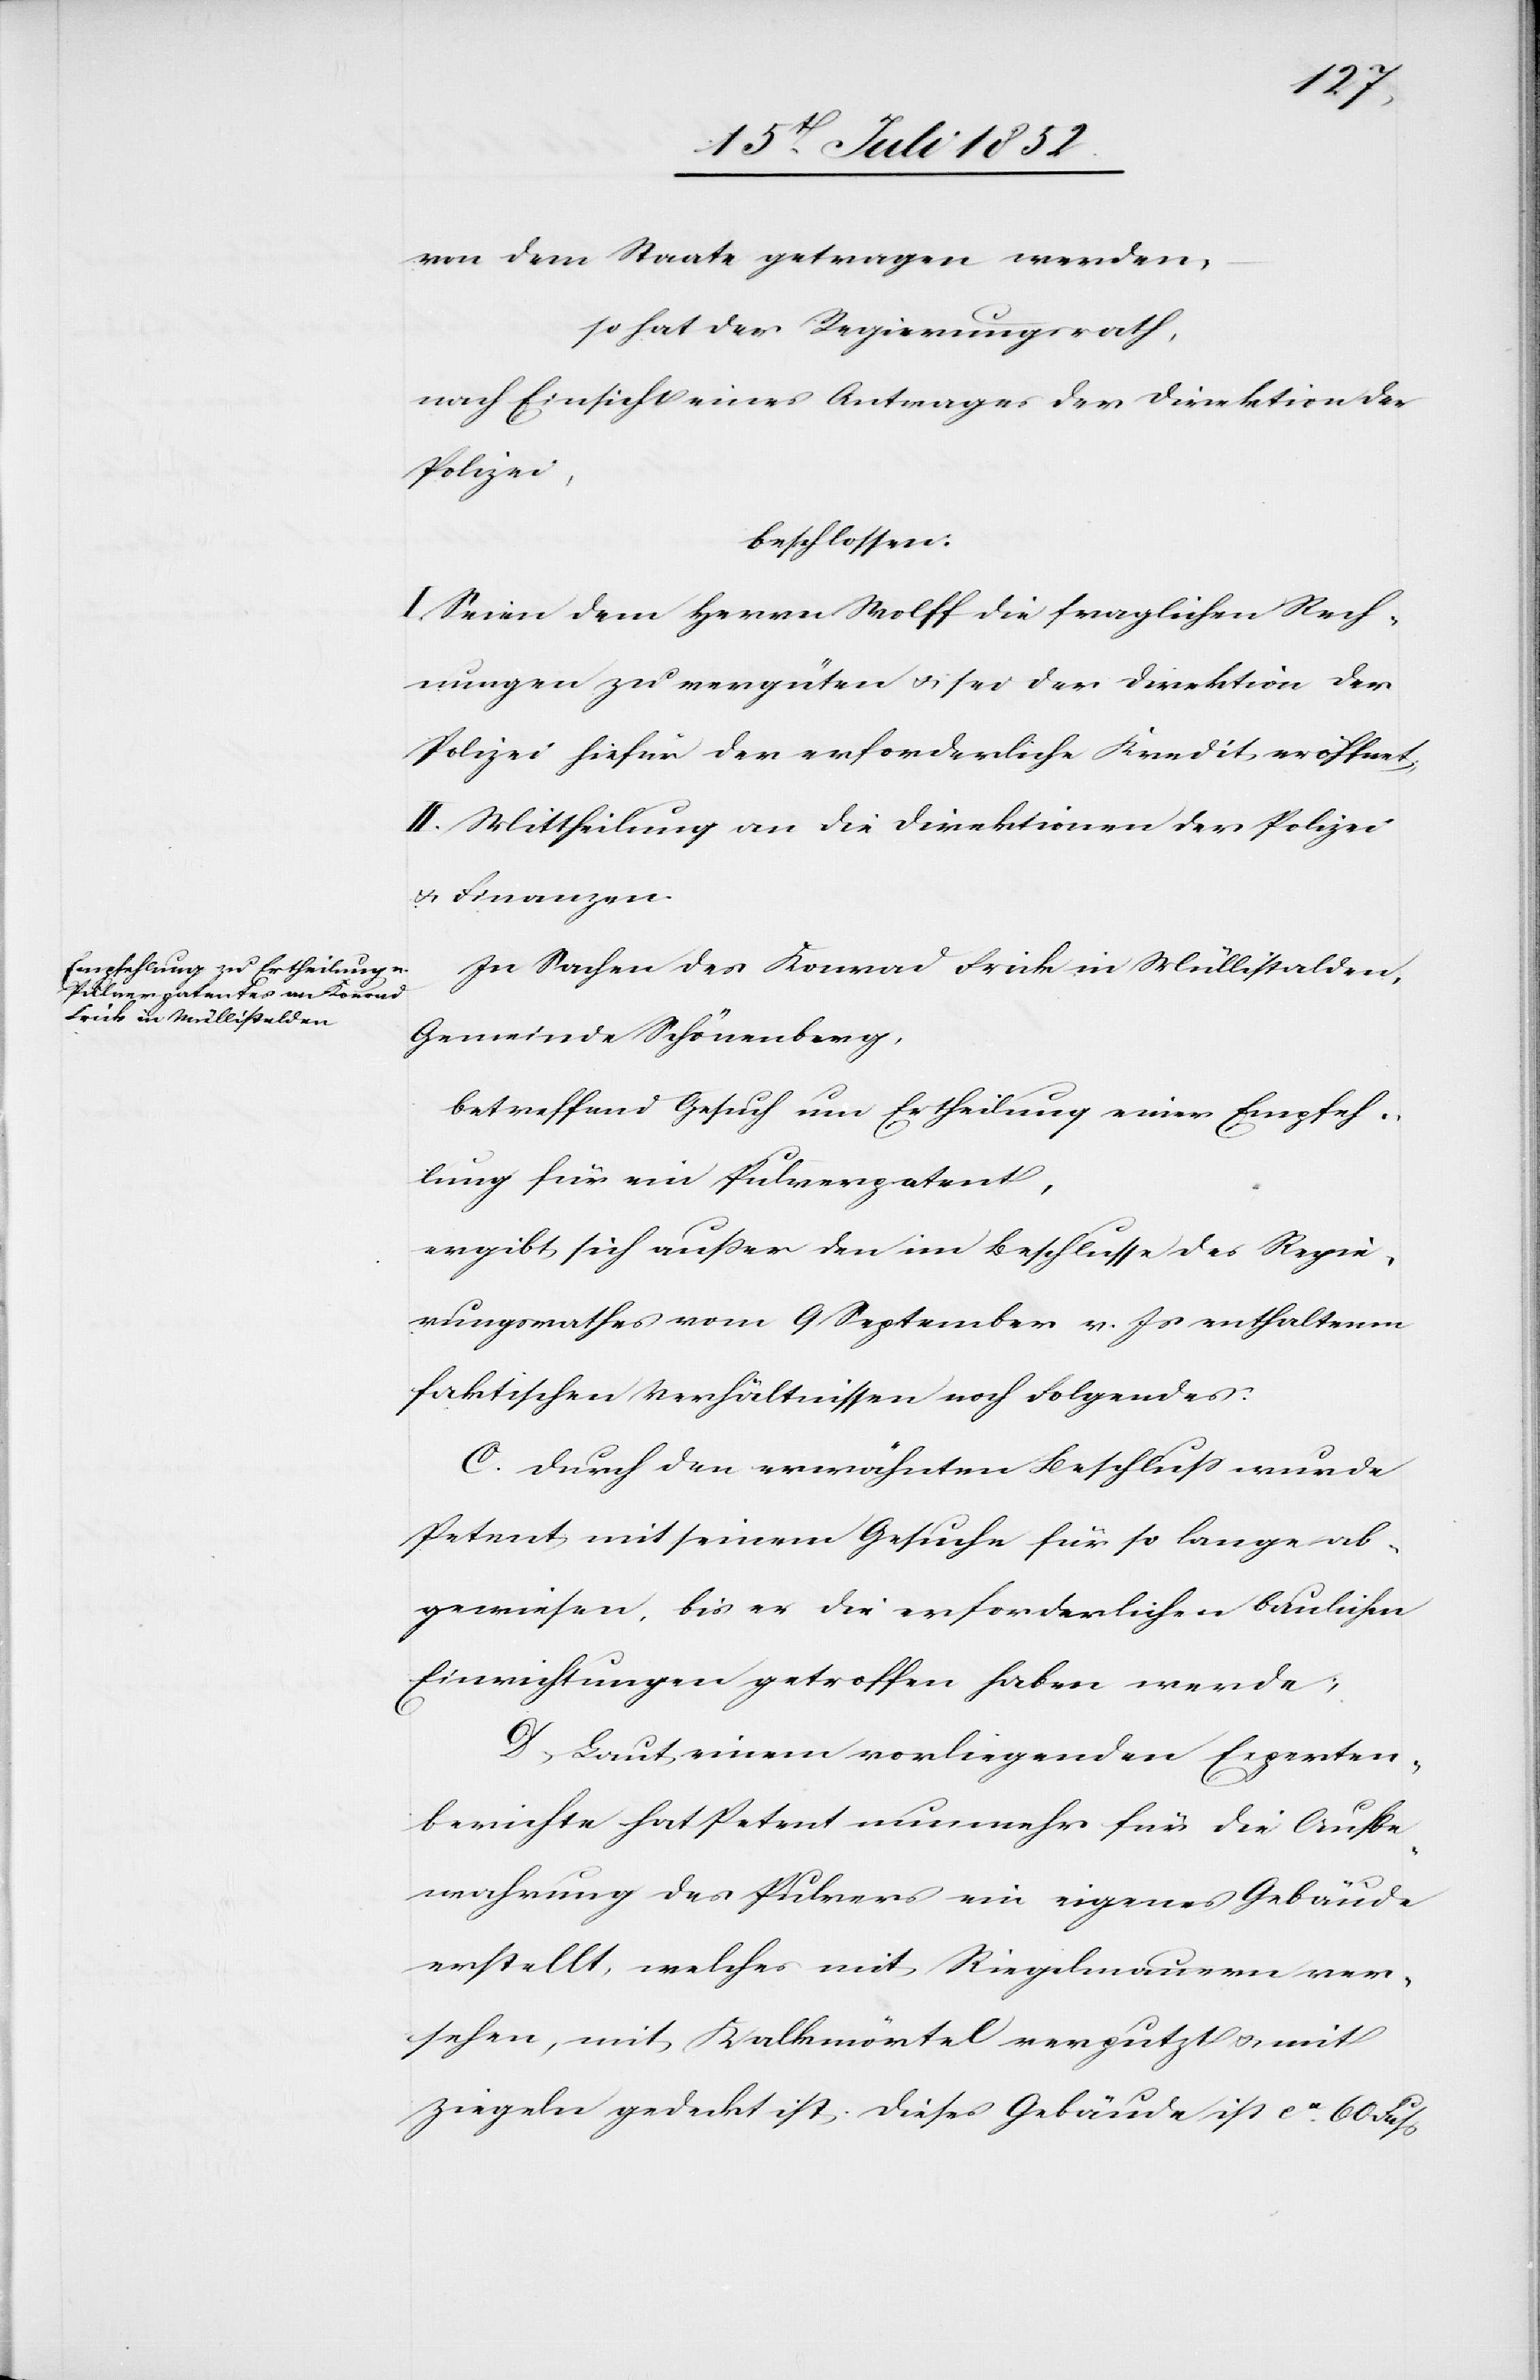
von dem Staate getragen werden,
so hat der Regierungsrath,
nach Einsicht eines Antrages der Direktion der
Polizei,
beschlossen:
I. Seien dem Herrn Wolff die fraglichen Rech¬
nungen zu vergüten & sei der Direktion der
Polizei hiefür der erforderliche Kredit eröffnet;
II. Mittheilung an die Direktionen der Polizei
& Finanzen.
In Sachen des Konrad Frick in Müllistalden,
Gemeinde Schönenberg,
betreffend Gesuch um Ertheilung einer Empfeh¬
lung für ein Pulverpatent,
ergibt sich außer den im Beschlusse des Regie¬
rungsrathes vom 9 September v. Js enthaltenen
faktischen Verhältnissen noch Folgendes:
C. Durch den erwähnten Beschluss wurde
Petent mit seinem Gesuche für so lange ab¬
gewiesen, bis er die erforderlichen baulichen
Einrichtungen getroffen haben werde;
D, Laut einem vorliegenden Experten¬
berichte hat Petent nunmehr für die Aufbe¬
wahrung des Pulvers ein eigenes Gebäude
erstellt, welches mit Riegelmauern ver¬
sehen, mit Kalkmörtel verputzt & mit
Ziegeln gedeckt ist. Dieses Gebäude ist ca. 60 Fuss